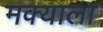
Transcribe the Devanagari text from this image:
मक्याला